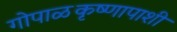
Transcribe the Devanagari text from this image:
गोपाळकृष्णापाशी